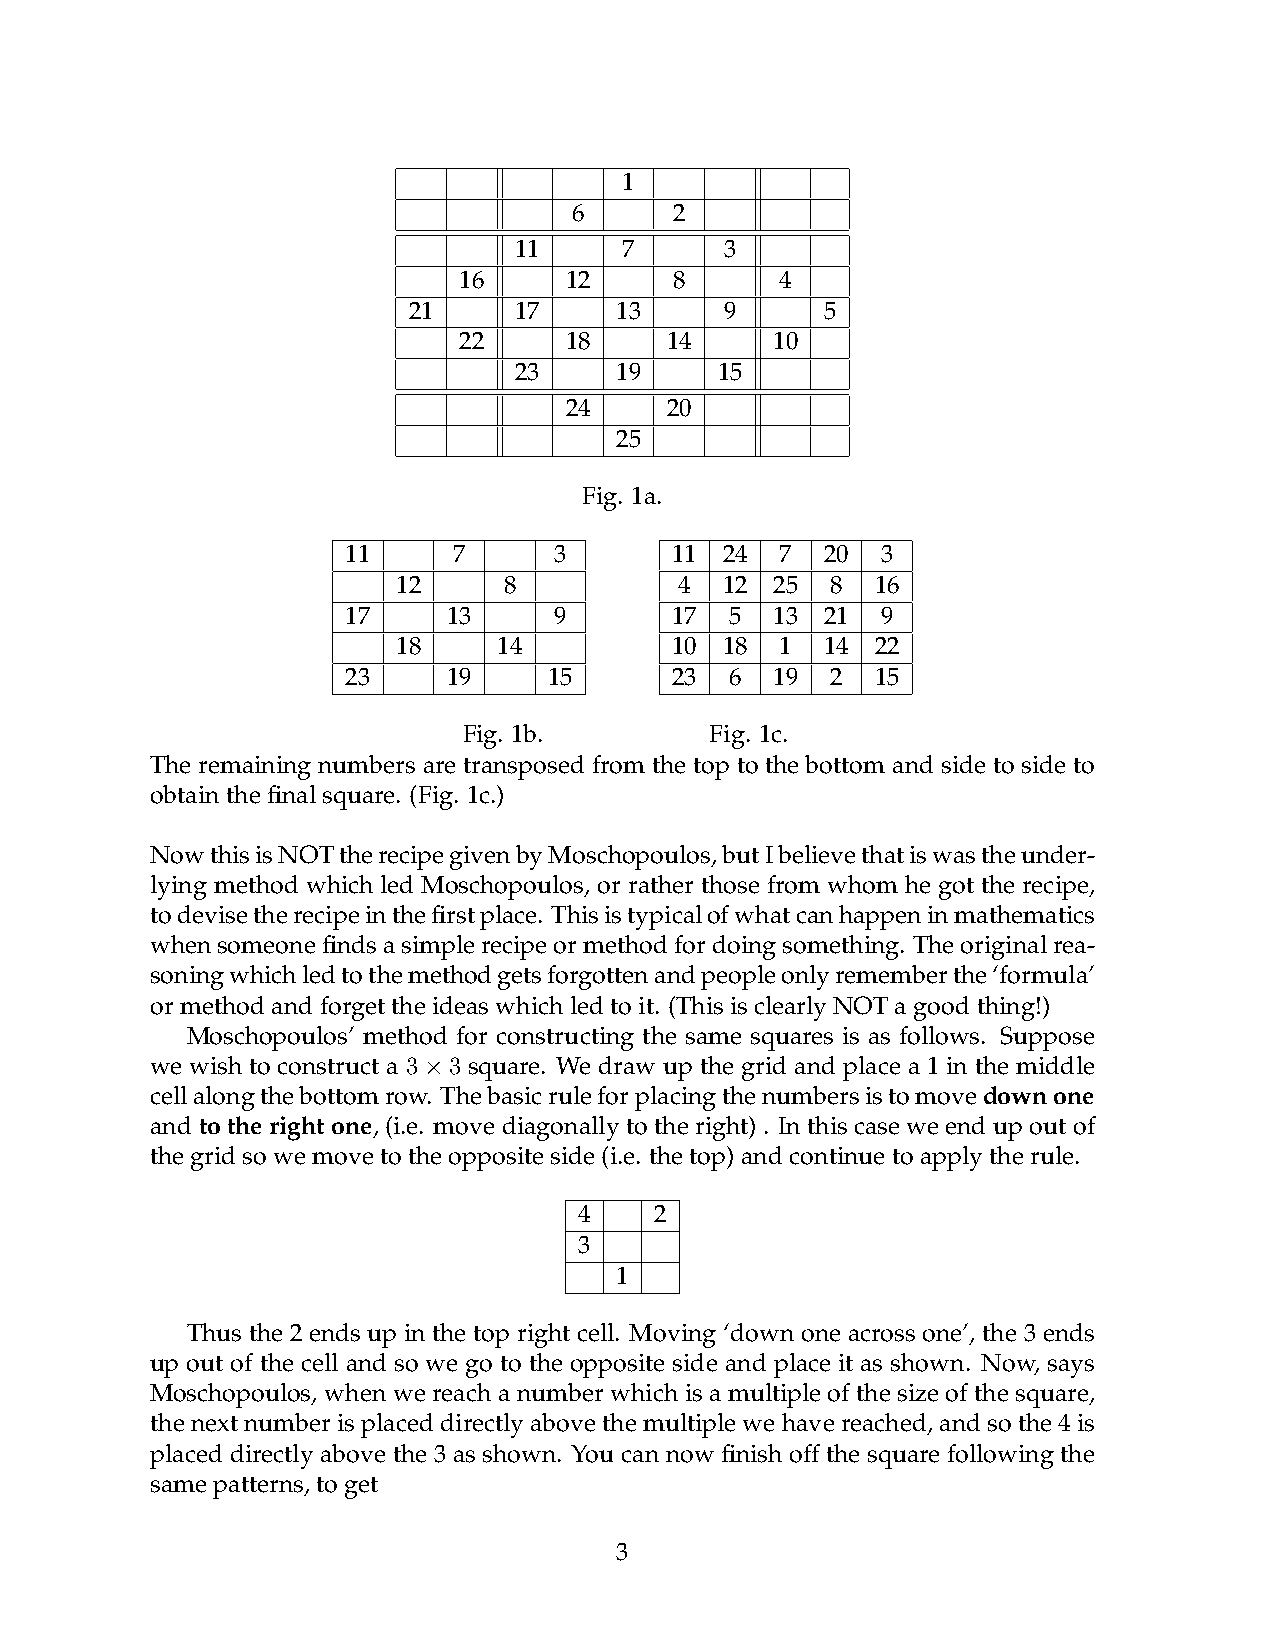
1
 6      2
 11     7      3
 16     12      8      4
 21     17     13     9      5
 22     18     14     10
 23     19     15
 24     20
 25
 Fig. 1a.
 11     7      3      11  24  7  20 3
 12     8           4  12 25  8  16
 17     13     9      17  5  13  21 9
 18     14         10  18  1  14 22
 23     19    15      23  6  19  2  15
 Fig. 1b.        Fig. 1c.
 The remaining numbers are transposed from the top to the bottom and side to side to
 obtainthefinalsquare. (Fig. 1c.)
 NowthisisNOTtherecipegivenbyMoschopoulos,butIbelievethatiswastheunder-
 lying method which led Moschopoulos, or rather those from whom he got the recipe,
 todevisetherecipeinthefirstplace. Thisistypicalofwhatcanhappeninmathematics
 whensomeonefindsasimplerecipeormethodfordoingsomething. Theoriginalrea-
 soningwhichledtothemethodgetsforgottenandpeopleonlyrememberthe‘formula’
 ormethodandforgettheideaswhichledtoit. (ThisisclearlyNOTagoodthing!)
 Moschopoulos’ method for constructing the same squares is as follows. Suppose
 we wish to construct a 3×3 square. We draw up the grid and place a 1 in the middle
 cellalongthebottomrow. Thebasicruleforplacingthenumbersistomovedownone
 and to the right one, (i.e. move diagonally to the right) . In this case we end up out of
 thegridsowemovetotheoppositeside(i.e. thetop)andcontinuetoapplytherule.
 4    2
 3
 1
 Thus the 2 ends up in the top right cell. Moving ‘down one across one’, the 3 ends
 up out of the cell and so we go to the opposite side and place it as shown. Now, says
 Moschopoulos, when we reach a number which is a multiple of the size of the square,
 thenextnumberisplaceddirectlyabovethemultiplewehavereached,andsothe4is
 placed directly above the 3 as shown. You can now finish off the square following the
 samepatterns,toget
 3